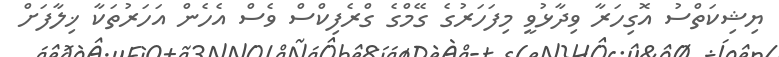
ޔިޝިކަތްސު އޮގިހަރާ ވިދާޅުވީ މިފަހަރުގެ ގޭމްގެ ގްރެފިކްސް ވެސް އެހެން އަހަރުތަކާ ޚިލާފަށް